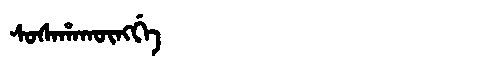
Manchu: ᠰᠣᠰᠠᡥᠠᡴᡡᠩᡤᡝ
Romanization: SOSAHAKŪNGGE